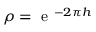
\rho = \mathrm { ~ e ~ } ^ { - 2 \pi h }